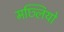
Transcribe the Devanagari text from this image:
मछ्लियो